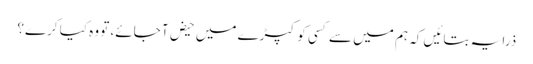
ذرا یہ بتا‎ئیں کہ ہم میں سے کسی کو کپڑے میں حیض آ جائے، تو وہ کیا کرے؟